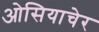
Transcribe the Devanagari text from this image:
ओसियाचेर